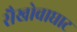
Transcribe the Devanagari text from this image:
सैखोवाघाट